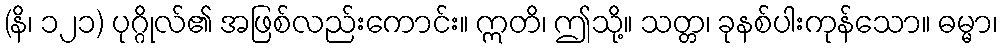
(နိ၊ ၁၂၁) ပုဂ္ဂိုလ်၏ အဖြစ်လည်းကောင်း။ ဣတိ၊ ဤသို့။ သတ္တ၊ ခုနစ်ပါးကုန်သော။ ဓမ္မာ၊